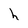
Character: h